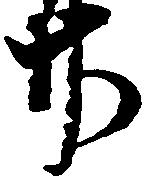
廿